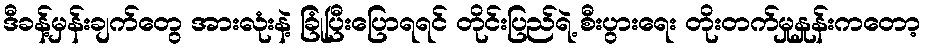
ဒီခန့်မှန်းချက်တွေ အားလုံးနဲ့ ခြုံပြီးပြောရရင် တိုင်းပြည်ရဲ့ စီးပွားရေး တိုးတက်မှုနှုန်းကတော့